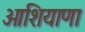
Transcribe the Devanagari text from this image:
ओशियाणा